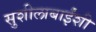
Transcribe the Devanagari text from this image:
सुशीलाबाईंशी